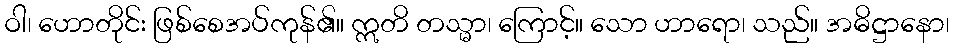
ဝါ၊ ဟောတိုင်း ဖြစ်စေအပ်ကုန်၏။ ဣတိ တသ္မာ၊ ကြောင့်။ သော ဟာရော၊ သည်။ အဓိဋ္ဌာနော၊